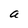
Character: a